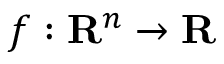
f : \mathbf { R } ^ { n } \rightarrow \mathbf { R }